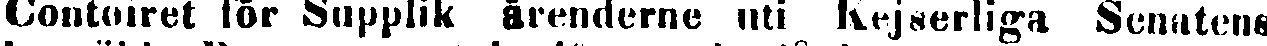
Contoiret för Supplik årenderne uti Kejserliga Senatens